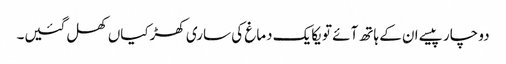
دو چار پیسے ان کے ہاتھ آئے تو یکایک دماغ کی ساری کھڑکیاں کھل گئیں۔